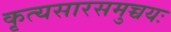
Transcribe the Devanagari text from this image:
कृत्यसारसमुच्चयः